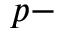
p -